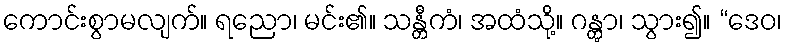
ကောင်းစွာမလျက်။ ရညော၊ မင်း၏။ သန္တီကံ၊ အထံသို့။ ဂန္တွာ၊ သွား၍။ “ဒေဝ၊